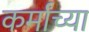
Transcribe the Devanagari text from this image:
कर्मांच्या